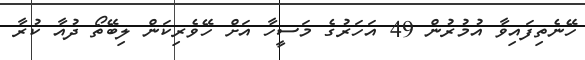
ހޭނެތިފައިވާ އުމުރުން 49 އަހަރުގެ މަސީހާ އަށް ހޭވެރިކަން ލިބޭތޯ ދުއާ ކުރާ